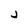
Character: j